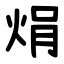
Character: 焆